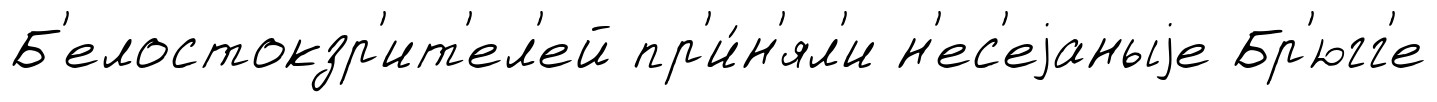
Б'елостокзр'ит'ел'ей пр'и́н'ял'и н'ес'еjаныjе Бр'югг'е